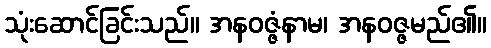
သုံးဆောင်ခြင်းသည်။ အနဝဇ္ဇံနာမ၊ အနဝဇ္ဇမည်၏။